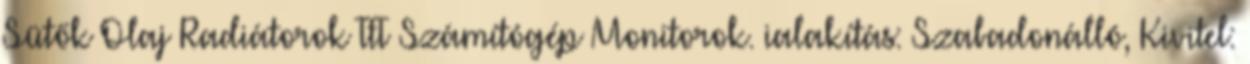
Sütők Olaj Radiátorok TFT Számítógép Monitorok. ialakítás: Szabadonálló, Kivitel: